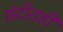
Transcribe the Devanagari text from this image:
मंदीतही